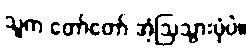
သူက တော်တော် အံ့ဩသွားပုံပဲ။